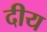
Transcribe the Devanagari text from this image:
दीय